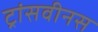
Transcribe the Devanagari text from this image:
ट्रांसवीनस